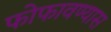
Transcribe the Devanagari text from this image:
फोफावण्यास